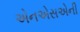
એનએસએની